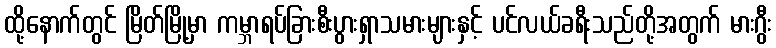
ထို့နောက်တွင် မြိတ်မြို့မှာ ကမ္ဘာရပ်ခြားစီးပွားရှာသမားများနှင့် ပင်လယ်ခရီးသည်တို့အတွက် မားဂွီး